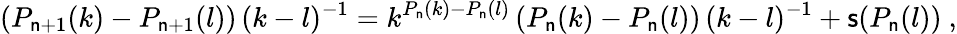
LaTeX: (P_{\mathsf{n}+1}(k)-P_{\mathsf{n}+1}(l))\, (k-l)^{-1}=k^{P_{\mathsf{n}}(k)-P_{\mathsf{n}}(l)}\, (P_{\mathsf{n}}(k)-P_{\mathsf{n}}(l))\, (k-l)^{-1}+\mathsf{s}(P_{\mathsf{n}}(l))\ ,